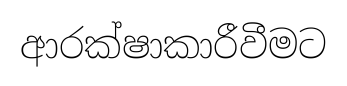
ආරක්ෂාකාරීවීමට